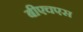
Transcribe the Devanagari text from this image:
बीएचएस